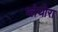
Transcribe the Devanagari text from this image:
प्लेथोरा